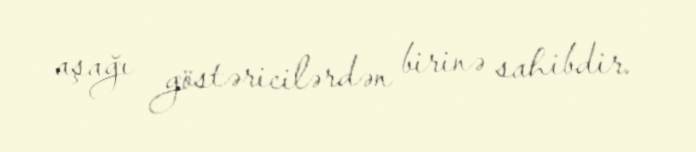
aşağı göstəricilərdən birinə sahibdir.